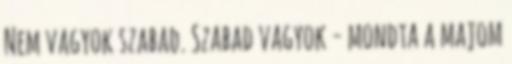
Nem vagyok szabad. Szabad vagyok - mondta a majom